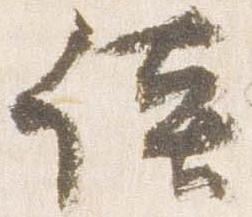
談